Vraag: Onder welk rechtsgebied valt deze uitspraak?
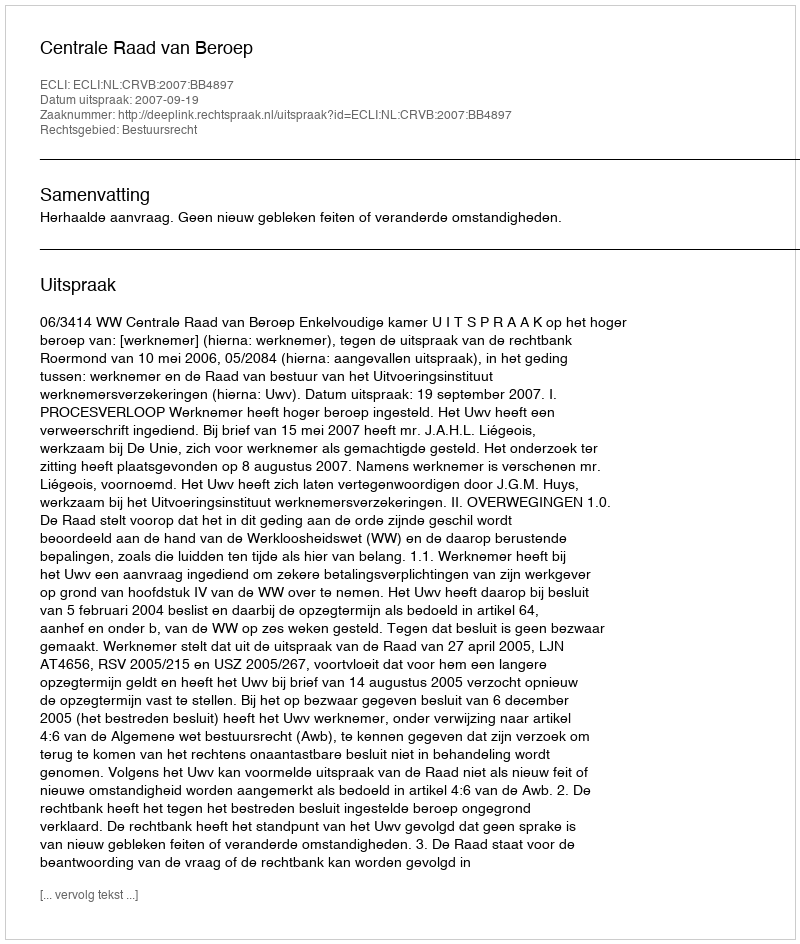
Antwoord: Bestuursrecht